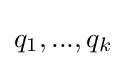
q_{1},...,q_{k}